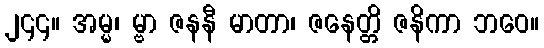
၂၄၄။ အမ္မ၊ မ္ဗာ ဇနနီ မာတာ၊ ဇနေတ္တိ ဇနိကာ ဘဝေ။